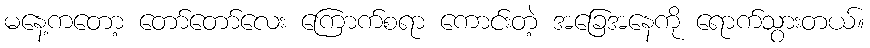
မနေ့ကတော့ တော်တော်လေး ကြောက်စရာ ကောင်းတဲ့ အခြေအနေကို ရောက်သွားတယ်။